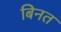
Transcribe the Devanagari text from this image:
बिनत